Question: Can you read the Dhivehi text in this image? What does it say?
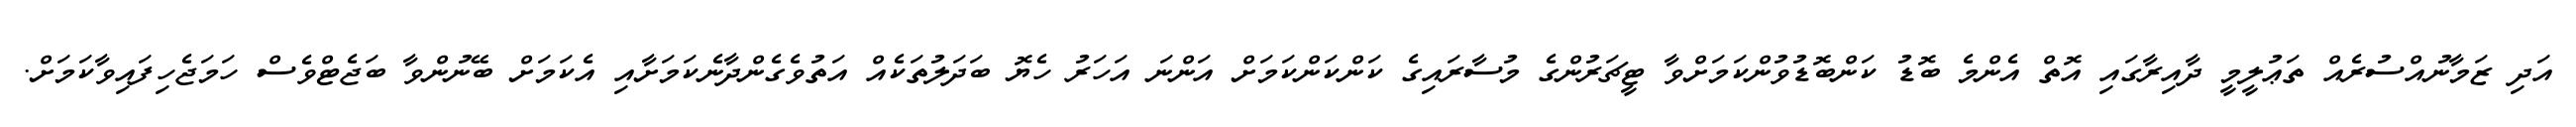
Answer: އަދި ޒަމާނުއްސުރެއް ތަޢުލީމީ ދާއިރާގައި އޮތް އެންމެ ބޮޑު ކަންބޮޑުވުންކަމަށްވާ ޓީޗަރުންގެ މުސާރައިގެ ކަންކަންކަމަށް އަންނަ އަހަރު ހެޔޮ ބަދަލުތަކެއް އަތުވެގެންދާނެކަމަށާއި އެކަމަށް ބޭނުންވާ ބަޖެޓްވެސް ހަމަޖެހިފައިވާކަމަށް.